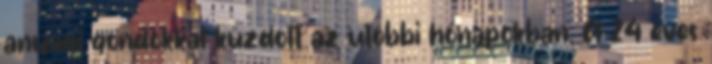
anyagi gondokkal küzdött az utóbbi hónapokban. A 24 éves